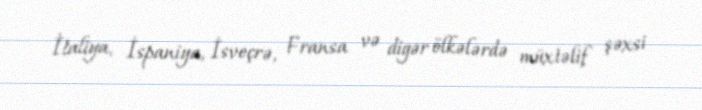
İtaliya, İspaniya, İsveçrə, Fransa və digər ölkələrdə müxtəlif şəxsi